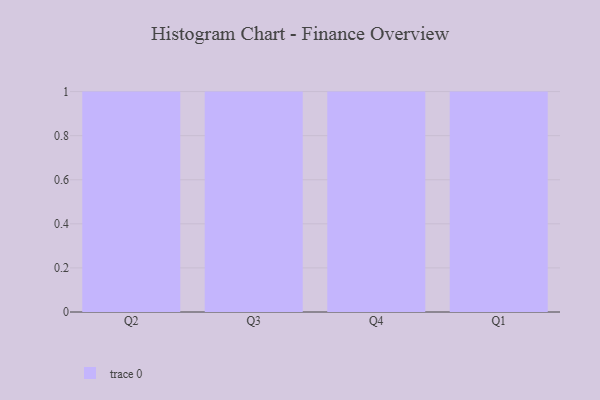
{"axis": {"x": "Quarter", "y": "Inventory Turnover"}, "legend": [""], "data": [{"x": "Q2", "y": 71, "type": ""}, {"x": "Q3", "y": 99, "type": ""}, {"x": "Q4", "y": 97, "type": ""}, {"x": "Q1", "y": 82, "type": ""}]}